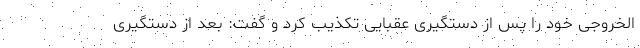
الخروجی خود را پس از دستگیری عقبایی تکذیب کرد و گفت: بعد از دستگیری